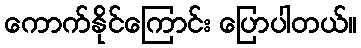
ကောက်နိုင်ကြောင်း ပြောပါတယ်။